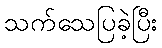
သက်သေပြခဲ့ပြီး